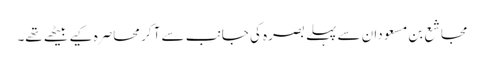
مجاشع بن مسعودان سے پہلے بصرہ کی جانب سے آ کر محاصرہ کیے بیٹھے تھے۔